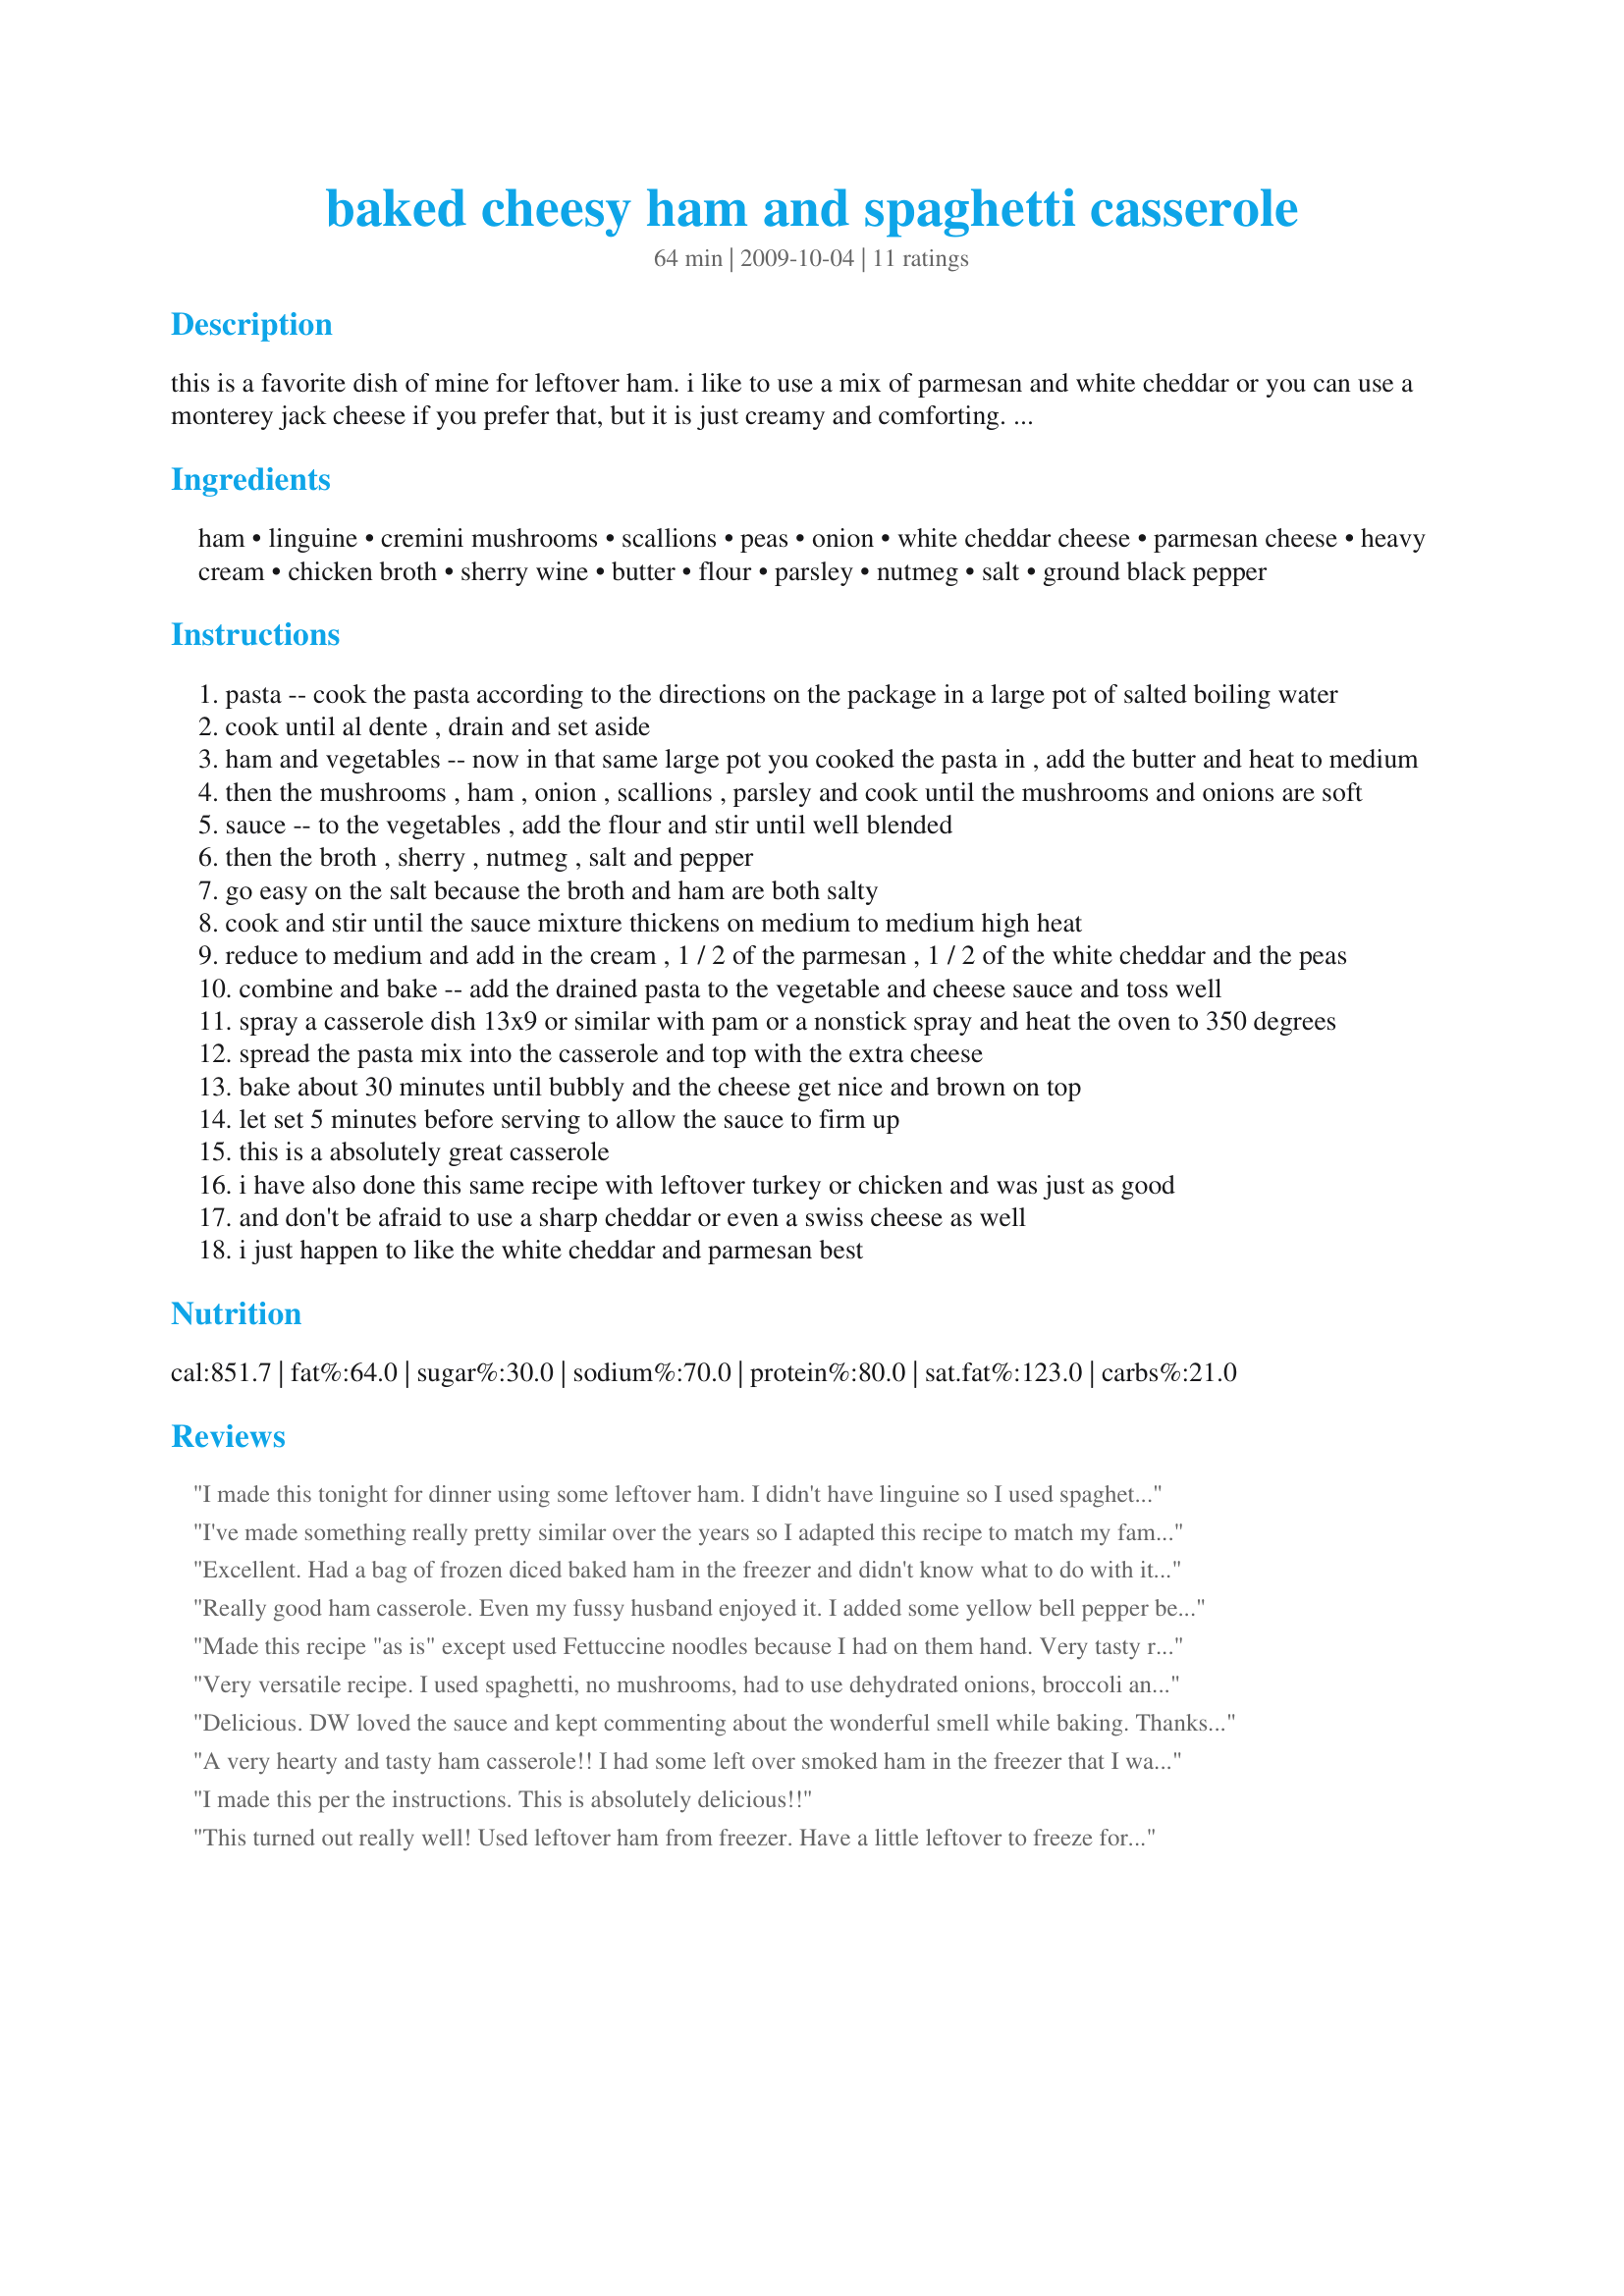
baked cheesy ham and spaghetti casserole
Preparation time: 64 minutes

this is a favorite dish of mine for leftover ham. i like to use a mix of parmesan and white cheddar or you can use a monterey jack cheese if you prefer that, but it is just creamy and comforting. i love to bake a ham once a month. i cut it up and freeze and that way i always have a quick meal waiting to be put together. so many people only cook ham on holidays, but it is a great resource and inexpensive. give this a try for a nice way to use your leftovers and good comfort food on a chilly night.

Ingredients:
ham, linguine, cremini mushrooms, scallions, peas, onion, white cheddar cheese, parmesan cheese, heavy cream, chicken broth, sherry wine, butter, flour, parsley, nutmeg, salt, ground black pepper

Steps:
pasta -- cook the pasta according to the directions on the package in a large pot of salted boiling water
cook until al dente , drain and set aside
ham and vegetables -- now in that same large pot you cooked the pasta in , add the butter and heat to medium
then the mushrooms , ham , onion , scallions , parsley and cook until the mushrooms and onions are soft
sauce -- to the vegetables , add the flour and stir until well blended
then the broth , sherry , nutmeg , salt and pepper
go easy on the salt because the broth and ham are both salty
cook and stir until the sauce mixture thickens on medium to medium high heat
reduce to medium and add in the cream , 1 / 2 of the parmesan , 1 / 2 of the white cheddar and the peas
combine and bake -- add the drained pasta to the vegetable and cheese sauce and toss well
spray a casserole dish 13x9 or similar with pam or a nonstick spray and heat the oven to 350 degrees
spread the pasta mix into the casserole and top with the extra cheese
bake about 30 minutes until bubbly and the cheese get nice and brown on top
let set 5 minutes before serving to allow the sauce to firm up
this is a absolutely great casserole
i have also done this same recipe with leftover turkey or chicken and was just as good
and don't be afraid to use a sharp cheddar or even a swiss cheese as well
i just happen to like the white cheddar and parmesan best

Reviews:
I made this tonight for dinner using some leftover ham. I didn't have linguine so I used spaghetti and green onions in place of a regular onion. I used 5% half and half in place of the heavy cream and 1 cup of fresh parmesan cheese (1/2 for the mixture and 1/2 sprinkled on top) and skipped the other cheese. I think I only had enough sherry to make 2 tbsp so that is all the casserole got. My family gave this two thumbs up. I froze the rest of the ham to make this dish again. Thanks for posting.
I've made something really pretty similar over the years so I adapted this recipe to match my families likes such as omitting the mushroom and using penne pasta. This recipe is different in one particular way which I really appreciate and had not thought of before. Instead of making a roux milk/cream, it uses chicken stock as the base and adds just a splash of cream. I just love that!
Excellent. Had a bag of frozen diced baked ham in the freezer and didn't know what to do with it. This was perfect. I made it as directed also added some garlic powder.... Thanks for posting another winner Sarasota!!
Really good ham casserole. Even my fussy husband enjoyed it. I added some yellow bell pepper because I had a half left in the fridge and it added some nice colour. I also replaced the green onion with diced leeks and some red onion (again trying to clean out the fridge). Appreciated the caution on the salt. I added none and it was perfect. The recipe made enough for 2 casseroles. I love it when I can cook once and eat twice!
Made this recipe "as is" except used Fettuccine noodles because I had on them hand. Very tasty recipe and the family enjoyed it very much. Great flavor and I loved the white cheddar in the recipe.
Very versatile recipe. I used spaghetti, no mushrooms, had to use dehydrated onions, broccoli and white wine. I refused to go to the store and was using what I had on hand. I loved how easy it was to put together and left for my DD to bake while I was at work. The flavors were great together and a great way to use up leftovers. Thanks for posting SC.
Delicious. DW loved the sauce and kept commenting about the wonderful smell while baking. Thanks for the recipe.
A very hearty and tasty ham casserole!! I had some left over smoked ham in the freezer that I wanted to use up. This casserole was the perfect dish for that. The flavor and texture was very delicious! I will be making this again and again. Thanks for sharing this recipe!
I made this per the instructions. This is absolutely delicious!!
This turned out really well! Used leftover ham from freezer. Have a little leftover to freeze for future.
Didn&#039;t really work for us. Bland and flavorless.
